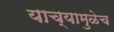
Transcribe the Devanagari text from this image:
याच्यामुळेच